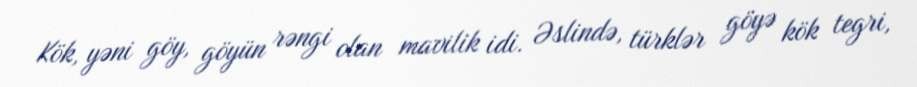
Kök, yəni göy, göyün rəngi olan mavilik idi. Əslində, türklər göyə kök tegri,